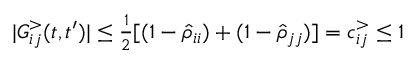
\begin{array} { r } { | G _ { i j } ^ { > } ( t , t ^ { \prime } ) | \leq \frac { 1 } { 2 } [ ( 1 - \hat { \rho } _ { i i } ) + ( 1 - \hat { \rho } _ { j j } ) ] = c _ { i j } ^ { > } \leq 1 } \end{array}